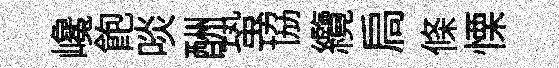
巉飽啖酬蛩協纜扃條慄